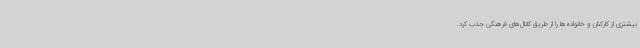
بیشتری از کارکنان و خانواده‌ها را از طریق کانال‌های فرهنگی جذب کرد.